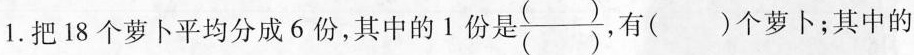
1.把18个萝卜平均分成6份，其中的1份是\frac{()}{()}，有( )个萝卜；其中的